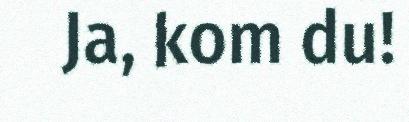
Ja, kom du!